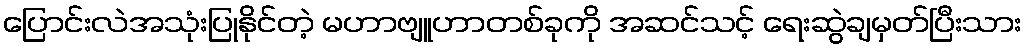
ပြောင်းလဲအသုံးပြုနိုင်တဲ့ မဟာဗျူဟာတစ်ခုကို အဆင်သင့် ရေးဆွဲချမှတ်ပြီးသား